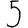
Digit: 5